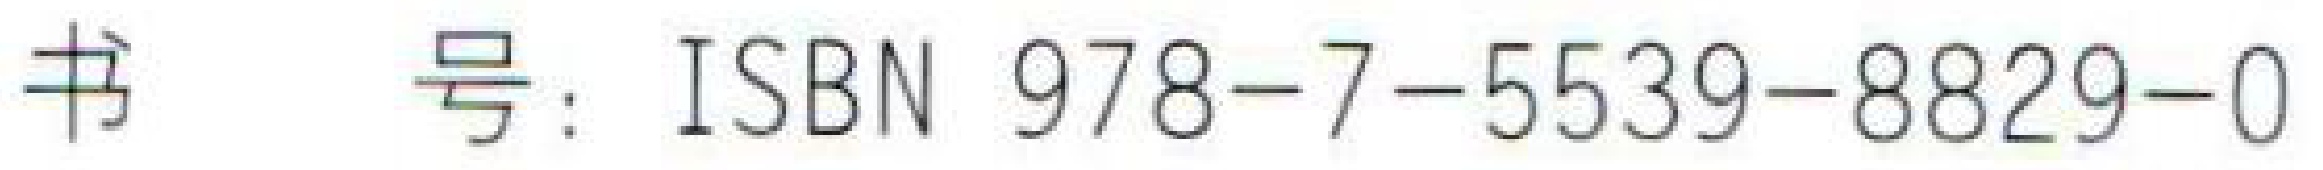
书 号：ISBN 978-7-5539-8829-0